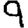
Digit: 9